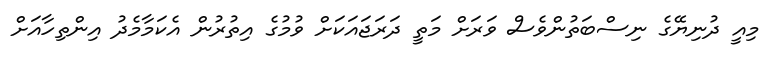
މިއީ ދުނިޔޭގެ ނިސްބަތުންވެސް ވަރަށް މަތީ ދަރަޖައަކަށް ވުމުގެ އިތުރުން އެކަމާމެދު އިންތިހާއަށް